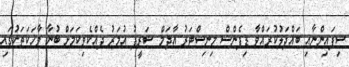
ސިފައިންނާއި ބައްދަލުކުރައްވާ ޑިފެންސް މިނިސްޓަރު އާދަމް ޝަރީފު އުމަރު ދެއްކެވިކަމަށް ބުނާ ވާހަކަތަކުގައި